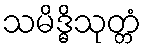
သမိဒ္ဓိသုတ္တံ